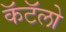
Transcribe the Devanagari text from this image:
कॅटॅलो